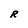
Character: R